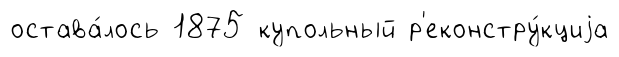
остава́лось 1875 купольный р'еконстру́кциjа